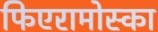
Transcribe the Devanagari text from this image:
फिएरामोस्का